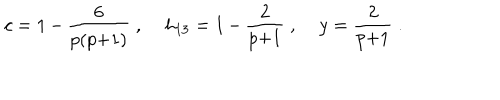
LaTeX: c = 1 \, { - } \, \frac { 6 } { p ( p { + } 1 ) } \; , \; h _ { 1 3 } = 1 \, { - } \, \frac { 2 } { p { + } 1 } \; , \; y = \frac { 2 } { p { + } 1 } \; .